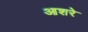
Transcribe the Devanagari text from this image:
आशरे